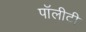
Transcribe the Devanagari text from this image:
पॉलीटी